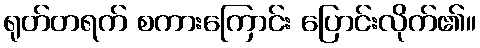
ရုတ်တရက် စကားကြောင်း ပြောင်းလိုက်၏။